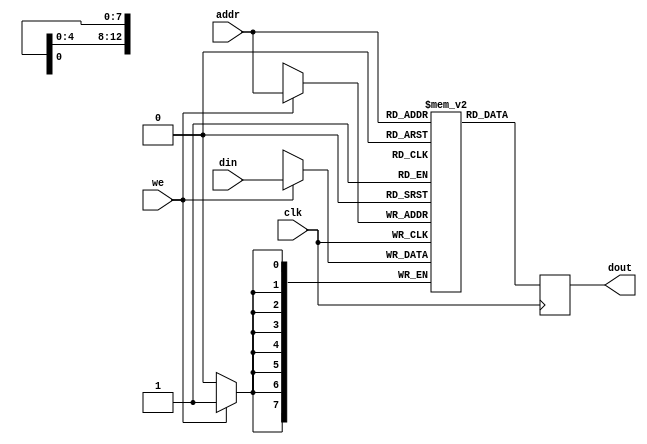
module ram (
  input            clk,
  input            we,
  input [12:0]     addr,
  input [7:0]      din,
  output reg [7:0] dout,
);

  parameter MEM_INIT_FILE = "";
   
  reg [7:0] ram [0:8191];

  initial
    if (MEM_INIT_FILE != "")
      $readmemh(MEM_INIT_FILE, ram);
   
  always @(posedge clk) begin
    if (we)
      ram[addr] <= din;
    dout <= ram[addr];
  end

endmodule